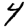
Digit: 4